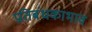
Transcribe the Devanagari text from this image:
प्रतिबंधकाभाव